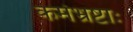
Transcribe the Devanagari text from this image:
कर्मभ्रष्टाः